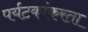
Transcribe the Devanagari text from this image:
पर्यटकांकरता